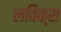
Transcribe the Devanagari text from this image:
लविक्स